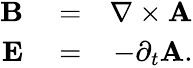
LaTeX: \begin{array}{rlr}{{\mathbf B}}&{{}=}&{{\mathbf\nabla}\times{\mathbf A}}\\ {{\mathbf E}}&{{}=}&{-\partial_{t}{\mathbf A}.}\end{array}